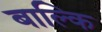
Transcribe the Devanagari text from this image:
बाल्कि